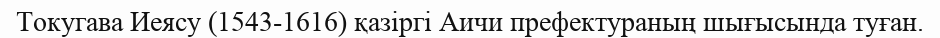
Токугава Иеясу (1543-1616) қазіргі Аичи префектураның шығысында туған.